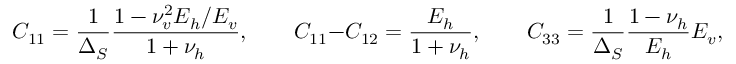
C _ { 1 1 } = \frac { 1 } { \Delta _ { S } } \frac { 1 - \nu _ { v } ^ { 2 } E _ { h } / E _ { v } } { 1 + \nu _ { h } } , \qquad C _ { 1 1 } - C _ { 1 2 } = \frac { E _ { h } } { 1 + \nu _ { h } } , \qquad C _ { 3 3 } = \frac { 1 } { \Delta _ { S } } \frac { 1 - \nu _ { h } } { E _ { h } } E _ { v } , \qquad K _ { 2 } C _ { 1 2 } = \frac { \nu _ { v } } { \Delta _ { S } } ,